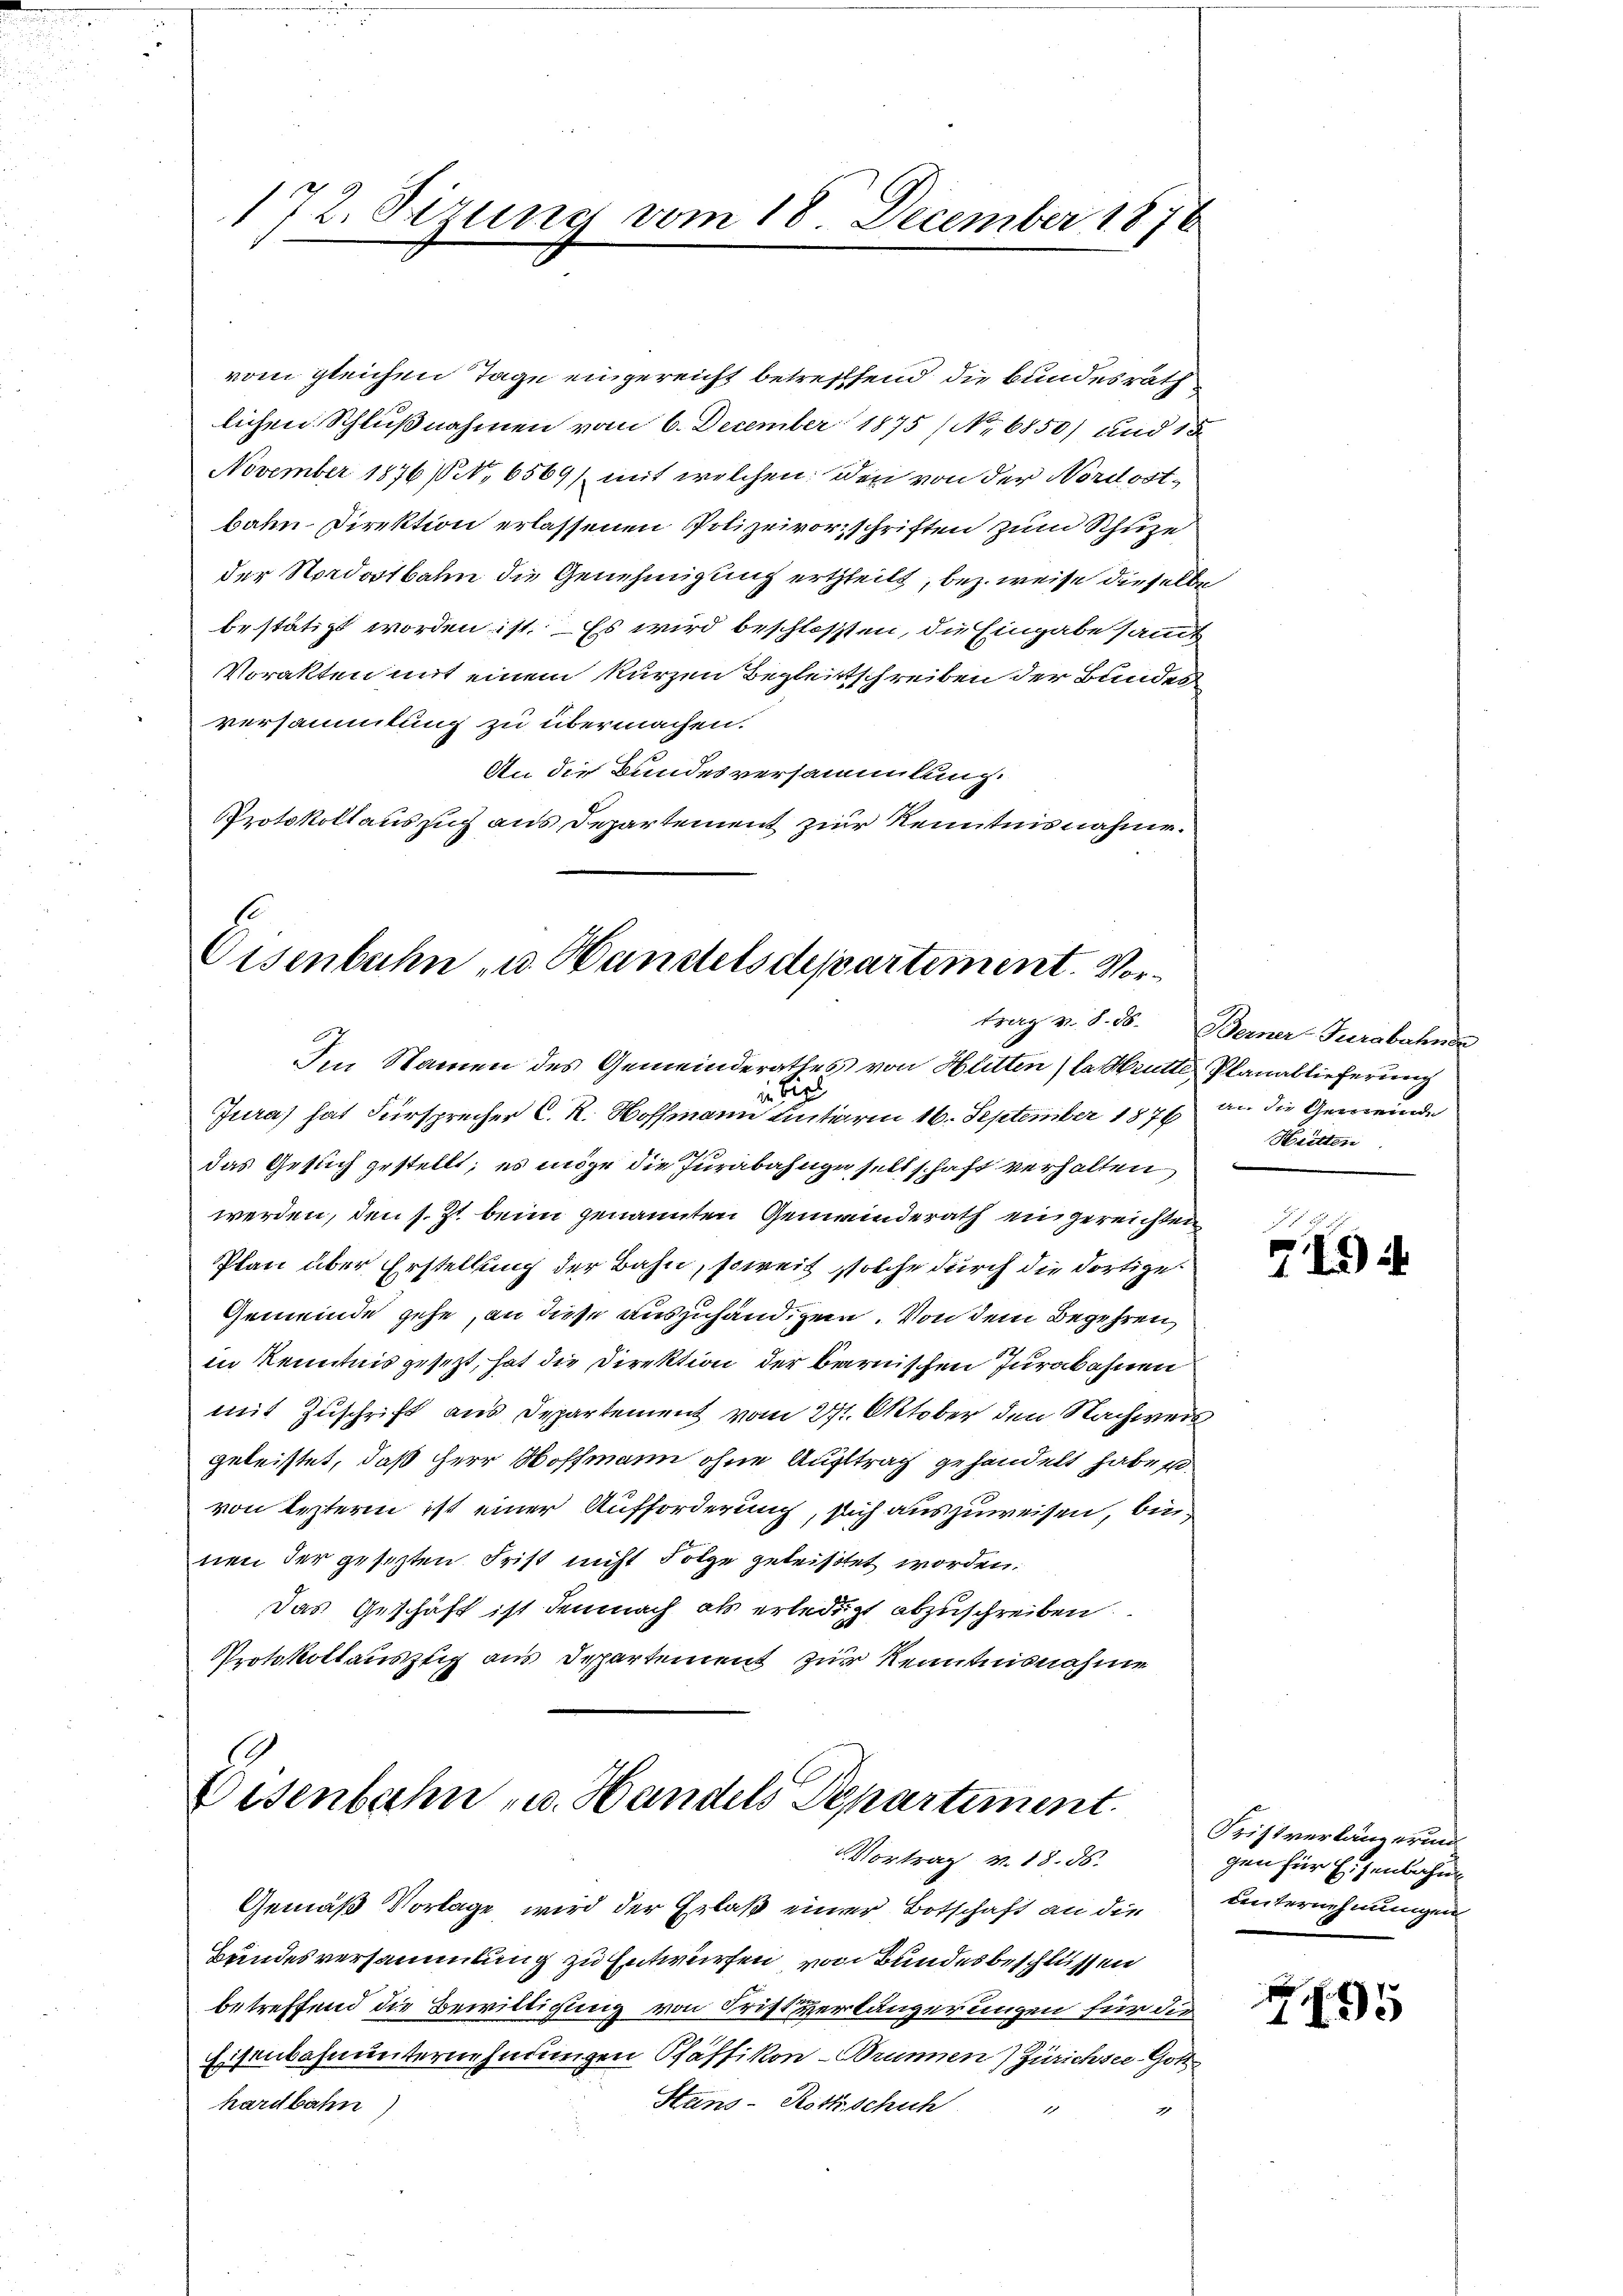
172. Sizung vom 18. December 1876

vom gleichen Tage eingereicht betreffend die Bundesrath
lichen Schlußnahmen vom 6. December 1875 (N. 6850) und 15
November 1876 (N. 6569) mit welchen den von der Nordostbahn Direktion erlassenen Polizeivorschriften zum Schuze
der Nordostbahn die Genehmigung ertheilt, bez. weise dieselbe
bestätigt worden ist. Es wird beschlossen, die Eingabe sammt
Vorakten mit einem kurzen Begleitschreiben der Bundesversammlung zu übermachen.
An die Bundesversammlung.
Protokollauszug aus Departement zur Kenntnisnahme.

Eisenbahn u. Handelsdepartement. Vor¬
6
Im Namen des Gemeinderathes von Hütten (la Mutte Planablieferung

ii
Jura) hat Fürsprecher C. R. Hoffmann unterm 16. September 1871 an die Gemeinde
das Gesuch gestellt; es möge die Jurabahnge seltschaft verhalten
werden, den s. Zt. beim genannten Gemeinderath eingereichten
Plan über Erstellung der Bahn, soweit solche durch die dortige
Gemeinde gehe, an diese auszuhändigen. Von dem Begehren,
in Kenntnis gesezt, hat die Direktion der barnischen Jurabahnen
mit Zuschrift aus Departement vom 27. Oktober den Nachweis
geleistet, daß Herr Hoffmann ohne Auftrag gehandelt habe ei
von leztern ist einer Aufforderung, sich auszuweisen, binnen der gesezten Frist nicht Folge geleistet worden.
das Geschäft ist demnach als erledigt abzuschreiben.
Protokollauszug aus Departement zur Kenntnisnahme

Eisenbahn u. Handels Departement.
Vortrag v. 18. ds.

Gemäß Vorlage wird der Erlaß einer Botschaft an die
Bundesversammlung zu Entwürfen, von Bundesbeschlüssen
betreffend die Bewilligung von Frist verlängerungen für die
Eisenbahnunternehmungen Pfäffikon - Brunnen) Zürichsee Gott
Stans-Rottschich
hardbahn

trag v. 8. 56. Berner Turabahns
Heitten

7494

Tristverlängerung
gen für Eisenbahn
unternehmungen

5